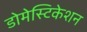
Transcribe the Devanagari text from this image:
डोमेस्टिकेशन